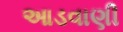
આડવાણી